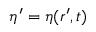
\eta ^ { \prime } = \eta ( r ^ { \prime } , t )